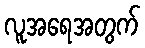
လူအရေအတွက်